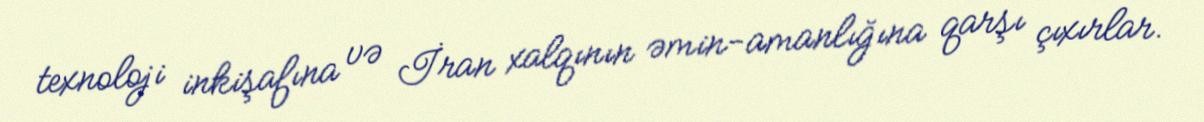
texnoloji inkişafına və İran xalqının əmin-amanlığına qarşı çıxırlar.